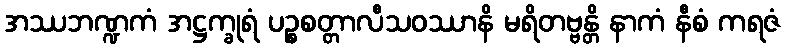
အဿဘဏ္ဍကံ အဋ္ဌက္ခုရံ ပဉ္စစတ္တာလီသဝဿာနိ မရိတဗ္ဗန္တိ နာကံ နီစံ ကရဇံ